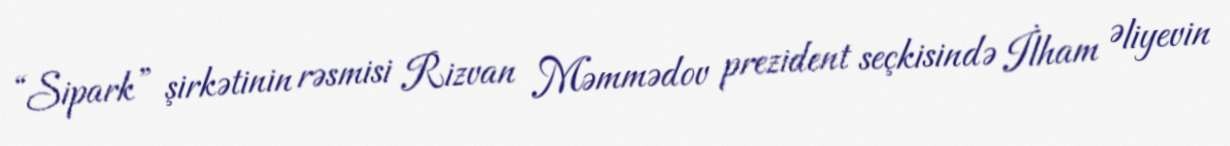
“Sipark” şirkətinin rəsmisi Rizvan Məmmədov prezident seçkisində İlham Əliyevin